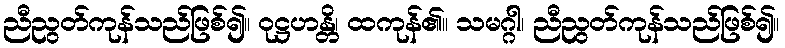
ညီညွတ်ကုန်သည်ဖြစ်၍။ ဝုဋ္ဌဟန္တိ၊ ထကုန်၏။ သမဂ္ဂါ၊ ညီညွတ်ကုန်သည်ဖြစ်၍။